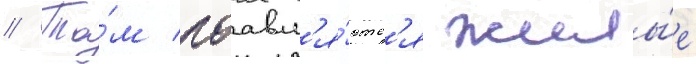
// Та́м поавл'я́ютс'я жилы́е